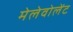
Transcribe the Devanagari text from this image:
मेलेवोलेंट